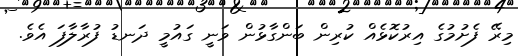
މިރޭ ފެށުމުގެ އިރުކޮޅެއް ކުރިން ބަންގާޅުން ވަނީ ގައުމީ ދަނޑު ފުރާލާފަ އެވެ.